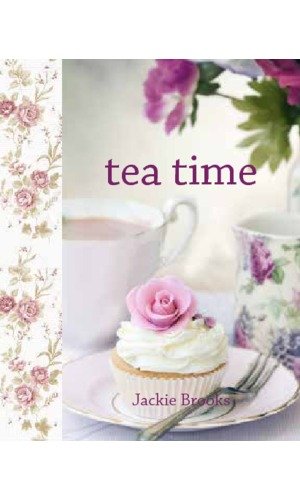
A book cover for Tea Time (Funky Chunky Series); Jackie Brooks; Cookbooks, Food & Wine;